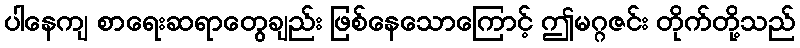
ပါနေကျ စာရေးဆရာတွေချည်း ဖြစ်နေသောကြောင့် ဤမဂ္ဂဇင်း တိုက်တို့သည်